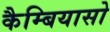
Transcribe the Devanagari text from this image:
कैम्बियासो